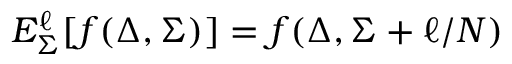
E _ { \Sigma } ^ { \ell } [ f ( \Delta , \Sigma ) ] = f ( \Delta , \Sigma + \ell / N )